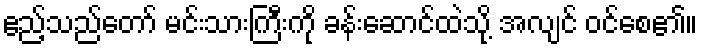
ဧည့်သည်တော် မင်းသားကြီးကို ခန်းဆောင်ထဲသို့ အလျင် ဝင်စေ၏။